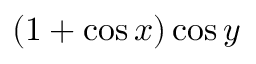
( 1 + \cos x ) \cos y